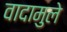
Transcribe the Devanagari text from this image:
वादामुले